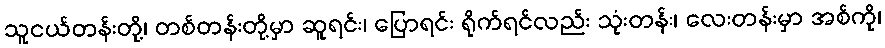
သူငယ်တန်းတို့၊ တစ်တန်းတို့မှာ ဆူရင်း၊ ပြောရင်း ရိုက်ရင်လည်း သုံးတန်း၊ လေးတန်းမှာ အစ်ကို၊